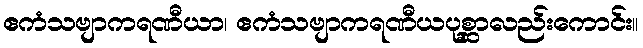
ဧကံသဗျာကရဏီယာ၊ ဧကံသဗျာကရဏီယပုစ္ဆာလည်းကောင်း။